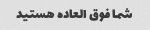
شما فوق العاده هستید